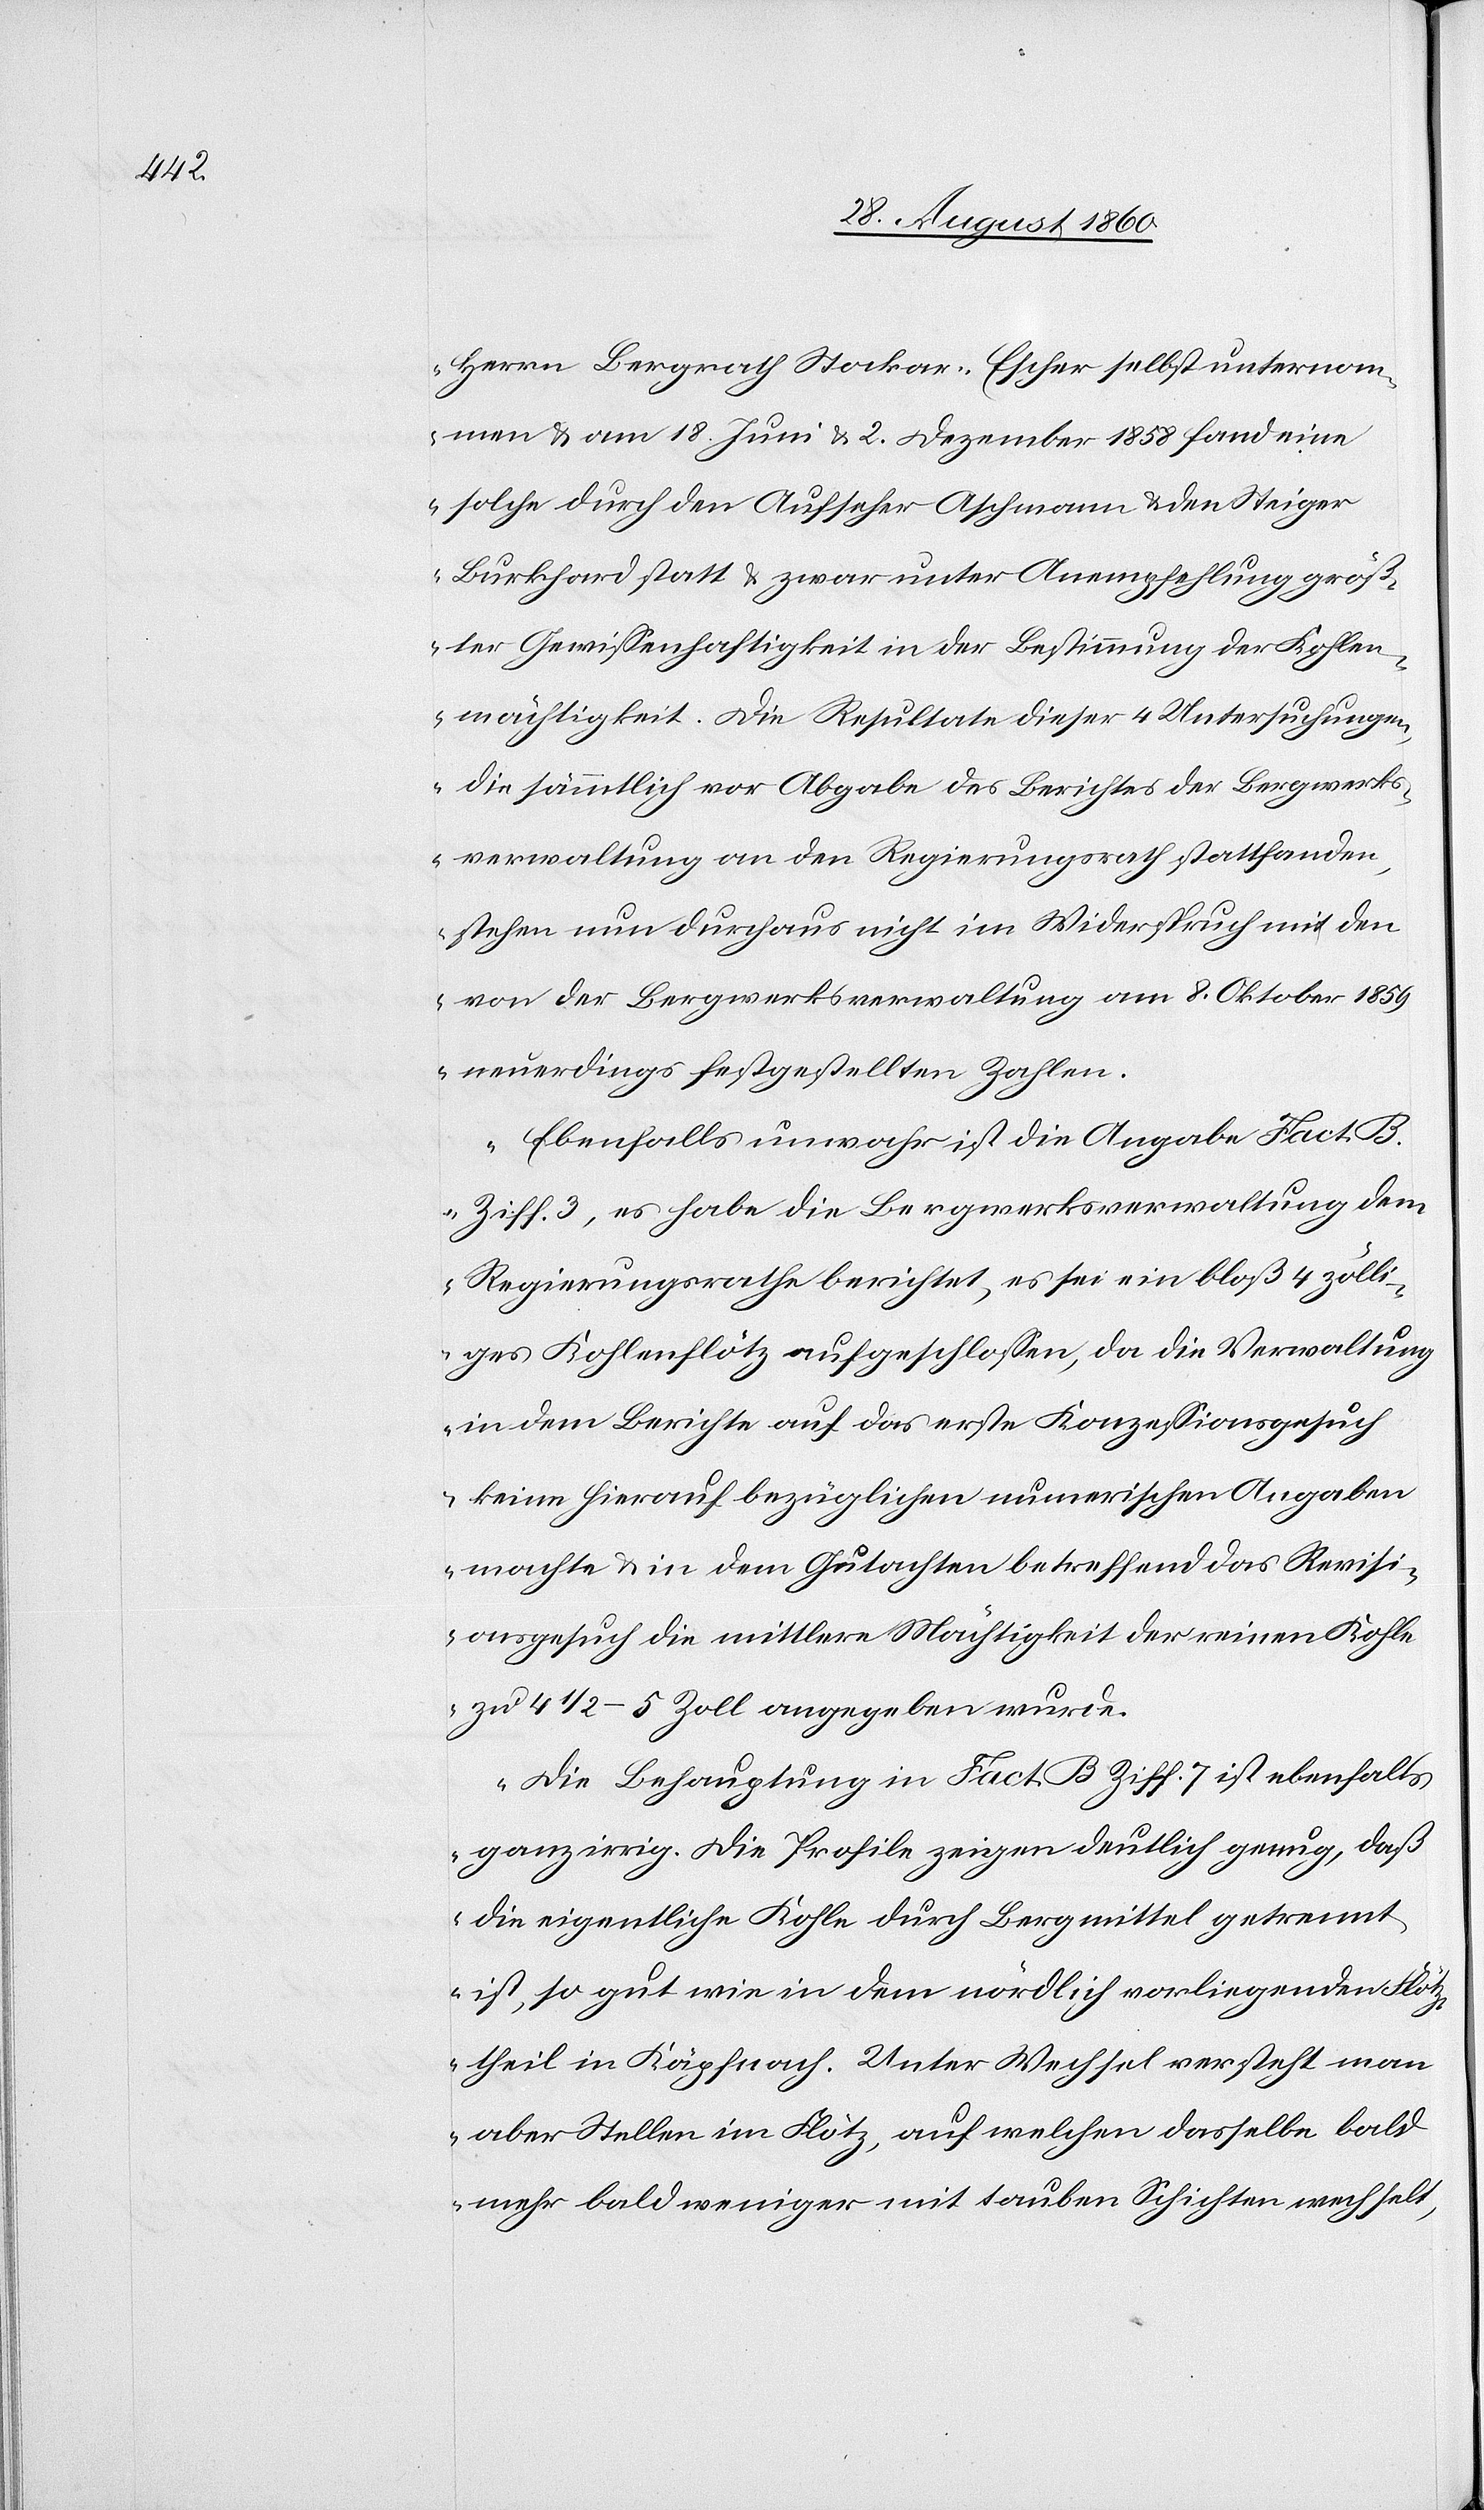
Herrn Bergrath Stockar-Escher selbst unternom¬
men u. am 18. Juni u. 2 Dezember 1858 fand eine
solche durch den Aufseher Aschmann u. den Steiger
Burkhard statt, u. zwar unter Anempfehlung gröss¬
ter Gewissenhaftigkeit in der Bestimmung der Kohlen¬
mächtigkeit. Die Resultate dieser 4 Untersuchungen,
die sämmtlich vor Abgabe des Berichtes der Bergwerks¬
verwaltung an den Regierungsrath stattfanden,
stehen nun durchaus nicht im Widerspruch mit den
von der Bergwerksverwaltung am 8. Oktober 1859
neuerdings festgestellten Zahlen.
Ebenfalls unwahr ist die Angabe Fact. B.
Ziff 3, es habe die Bergwerksverwaltung dem
Regierungsrathe berichtet, es sei ein bloss 4 zölli¬
ges Kohlenflötz aufgeschlossen, da die Verwaltung
in dem Berichte auf das erste Conzessionsgesuch
keine hierauf bezüglichen numerischen Angaben
machte u. in dem Gutachten betreffend das Revisi¬
onsgesuch die mittlere Mächtigkeit der reinen Kohle
zu 4 1/2–5 Zoll angegeben wurde.
Die Behauptung in Fact. B Ziff. 7 ist ebenfalls
ganz irrig. Die Profile zeigen deutlich genug, dass
die eigentliche Kohle durch Bergmittel getrennt
ist, so gut wie in dem nördlich vorliegenden Flötz¬
theil in Käpfnach. Unter Wechsel versteht man
aber Stollen im Flötz, auf welchen dasselbe bald
mehr bald weniger mit tauben Schichten wechselt,